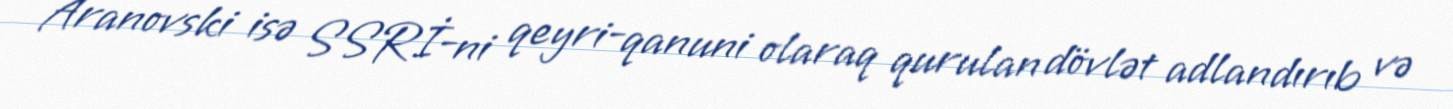
Aranovski isə SSRİ-ni qeyri-qanuni olaraq qurulan dövlət adlandırıb və